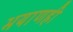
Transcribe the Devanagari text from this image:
भयाणही